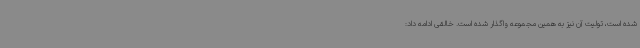
شده است، تولیت آن نیز به همین مجموعه واگذار شده است. خالقی ادامه داد: